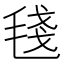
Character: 𣮏